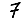
Digit: 7